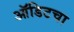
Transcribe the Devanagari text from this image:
ऑडिटचा